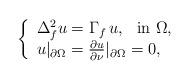
LaTeX: \begin{align*}\left\{\begin{array}{l}\Delta_f^2 u=\Gamma_f\, u, \ \ {\rm in}\ \Omega,\\u|_{\partial \Omega}=\frac{\partial u}{\partial\nu}|_{\partial \Omega}=0,\end{array}\right.\end{align*}